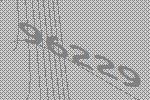
96229